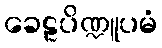
ခေဠပိဏ္ဍူပမံ